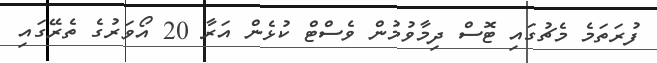
ފުރަތަމެ މެޗުގައި ޓޮސް ދިމާވުމުން ވެސްޓް ކުޅެން އަރާ 20 އޯވަރުގެ ތެރޭގައި